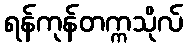
ရန်ကုန်တက္ကသိုလ်